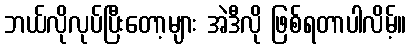
ဘယ်လိုလုပ်ပြီးတော့များ အဲဒီလို ဖြစ်ရတာပါလိမ့်။